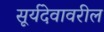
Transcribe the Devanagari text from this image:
सूर्यदेवावरील